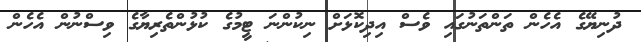
ދުނިޔޭގެ އެހެން ތަންތަނުގައި ވެސް އިދިކޮޅަށް ނިކުންނަ ޓީމުގެ ކުޅުންތެރިޔާގެ ވިސްނުން އެހެން